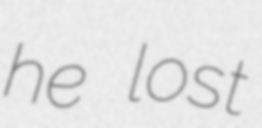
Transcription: he lost